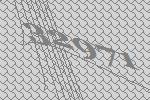
32971